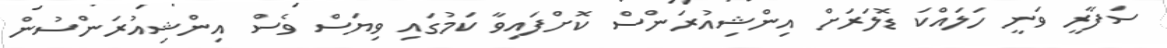
ސަފާރީ ވަނީ ހަލައްކަ ޑޮލަރަށް އިންޝިއުރަންސް ކޮށްފައިވާ ކަމުގައި ވިޔަސް ވެސް އިންޝިއުރަންސުން